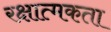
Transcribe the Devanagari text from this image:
रक्षात्मकता